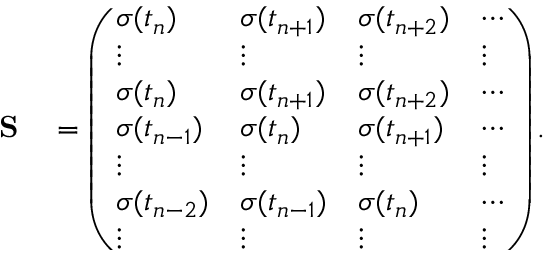
\begin{array} { r l } { \bf S } & { { } = \left( \begin{array} { l l l l } { \sigma ( t _ { n } ) } & { \sigma ( t _ { n + 1 } ) } & { \sigma ( t _ { n + 2 } ) } & { \cdots } \\ { \vdots } & { \vdots } & { \vdots } & { \vdots } \\ { \sigma ( t _ { n } ) } & { \sigma ( t _ { n + 1 } ) } & { \sigma ( t _ { n + 2 } ) } & { \cdots } \\ { \sigma ( t _ { n - 1 } ) } & { \sigma ( t _ { n } ) } & { \sigma ( t _ { n + 1 } ) } & { \cdots } \\ { \vdots } & { \vdots } & { \vdots } & { \vdots } \\ { \sigma ( t _ { n - 2 } ) } & { \sigma ( t _ { n - 1 } ) } & { \sigma ( t _ { n } ) } & { \cdots } \\ { \vdots } & { \vdots } & { \vdots } & { \vdots } \end{array} \right) . } \end{array}